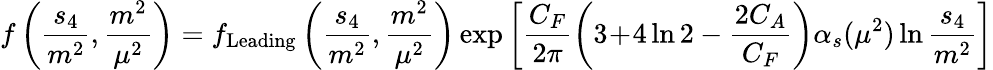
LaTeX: f\left(\frac{s_{4}}{m^{2}},\frac{m^{2}}{\mu^{2}}\right)=f_{\mathrm{Leading}}\left(\frac{s_{4}}{m^{2}},\frac{m^{2}}{\mu^{2}}\right)\exp\left[\frac{C_{F}}{2\pi}\left(3\! +\! 4\ln 2-\frac{2C_{A}}{C_{F}}\right)\alpha_{s}(\mu^{2})\ln\frac{s_{4}}{m^{2}}\right]